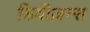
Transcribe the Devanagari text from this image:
डिवीज़न्स